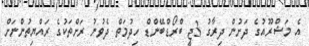
އެ މަޝްރޫއުގެ ދަށުން ދިރާގު 3ޖީ ބްރޯޑްބޭންޑް ހިދުމަތް ދެވުނު ރަށްތަކުގެ ރައްޔިތުންނަށް